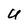
Character: U